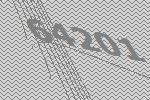
64201